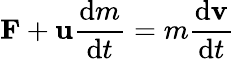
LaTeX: \mathbf{F}+\mathbf{u}{\frac{\mathrm{d}m}{\mathrm{d}t}}=m{\frac{\mathrm{d}\mathbf{v}}{\mathrm{d}t}}